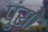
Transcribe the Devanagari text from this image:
पुंसो